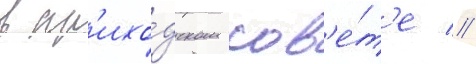
в пр'ихо́дском сов'е́т'е //